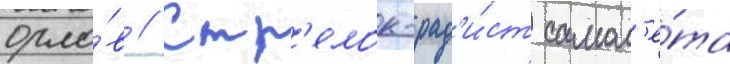
орло́в // Стр'елок-рад'и́ст самол'ё́та